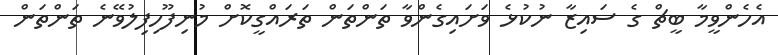
އެހެންވީމާ ބީޗް ގެ ސައިޒާ ނުކުޅެ ވަށައިގެންވާ ތަންތަން ތަރައްގީކޮށް މުނިފޫހިފިލުވޭނެ ތަންތަން